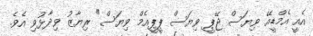
އެއީ އެމްޑީއޭ ވިޔަސް ޖޭޕީ ވިޔަސް ޕީޕީއެމް ވިޔަސް" ރިޔާޒު ވިދާޅުވި އެވެ.